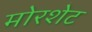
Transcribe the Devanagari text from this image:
मोरशेट